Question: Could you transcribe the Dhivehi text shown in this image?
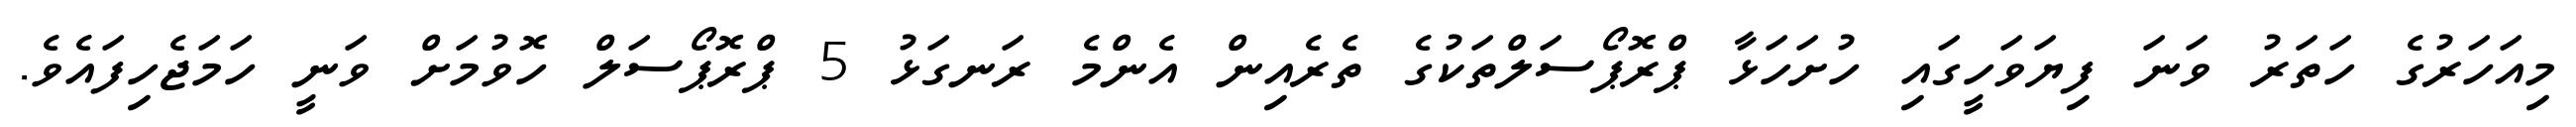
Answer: މިއަހަރުގެ ހަތަރު ވަނަ ފިޔަވަހީގައި ހުށަހަޅާ ޕްރޮޕޯސަލްތަކުގެ ތެރެއިން އެންމެ ރަނގަޅު 5 ޕްރޮޕޯސަލް ހޮވުމަށް ވަނީ ހަމަޖެހިފައެވެ.